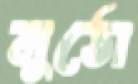
মুঠো